NAE_eestikeelseid_kaarte, lk 1
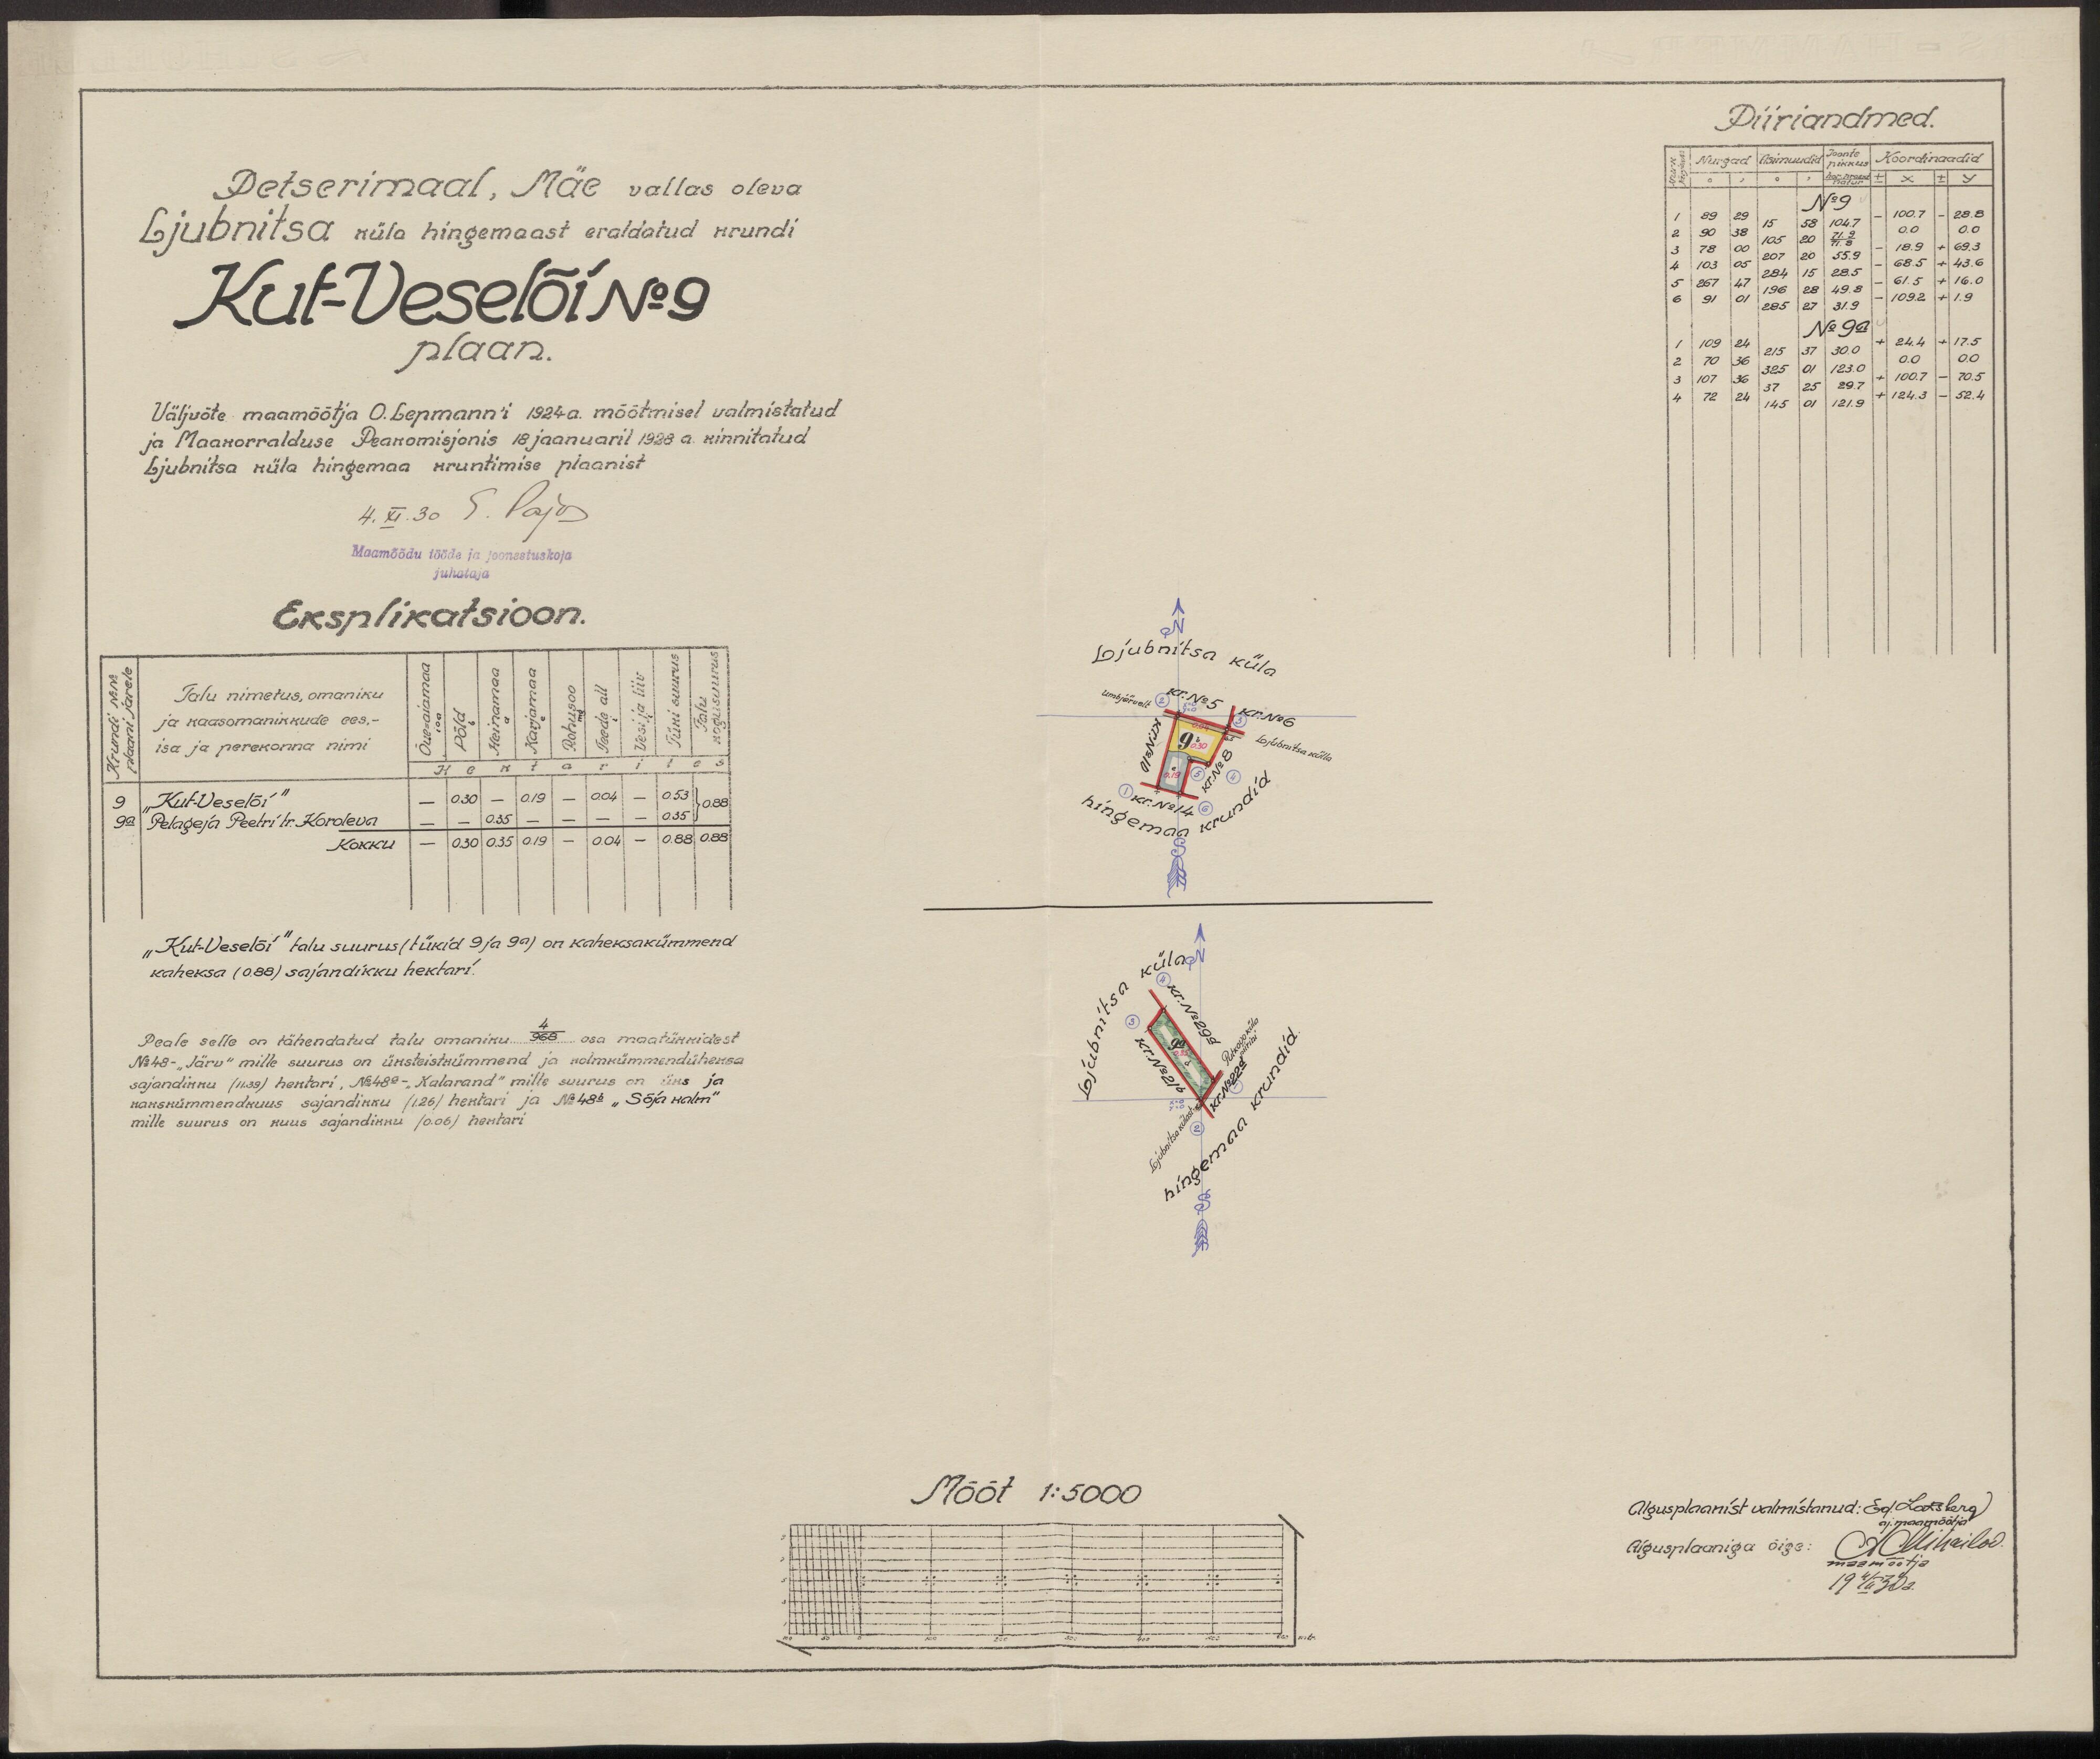
Petserimaal, Mäe vallas oleva
Ljubnitsa küla hingemaast eraldatud krundi
Kut-Veselõi No: 9
plaan.
Väljvõte maamõõtja O. Lepmanni 1924 a. mõõtmisel walmistatud
ja Maakorralduse Peakomisjonis 18 jaanuaril 1928 a kinnitatud
Ljubnitsa küla hingemaa kruntimise plaanist
Maamõõdu tööde ja joonestuskoja
juhataja
Eksplikatsioon.
Talu nimetus, omaniku
ja kaasomanikkude ees.-
isa ja perekonna nimi
"Kut-Veselõi"
Pelageja Peetri tr. Koroleva
kokku
"Kut-Veselõi" talu suurus (tükid 9 ja 9a) on kaheksakümmend
kaheksa (0.88) sajandikku hektari.
Peale selle on tähendatud talu omaniku 4/968 osa maatükkidest
No:48- "Järv" mille suurus on üksteistkümmend ja kolmkümmendüheksa
sajandikku (11.39) hektari, No: 48a - "Kalarand" mille suurus on üks ja
kakskümmendkuus sajandikku (1.26) hektari ja No: 48b "Sõja kalm"
mille suurus on kuus sajandikku (0.06) hektari

Mõõt 1:5000